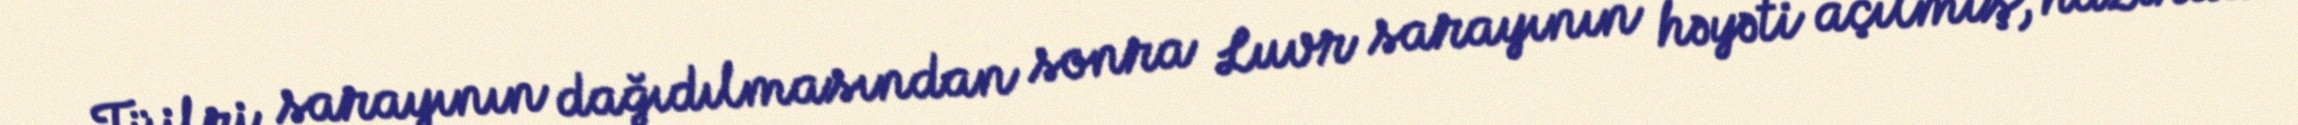
Tüilri sarayının dağıdılmasından sonra Luvr sarayının həyəti açılmış, hazırda